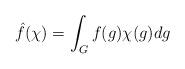
LaTeX: \begin{align*} \hat{f}(\chi) = \int_G f(g) \chi(g) dg \end{align*}